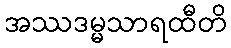
အဿဒမ္မသာရထီတိ